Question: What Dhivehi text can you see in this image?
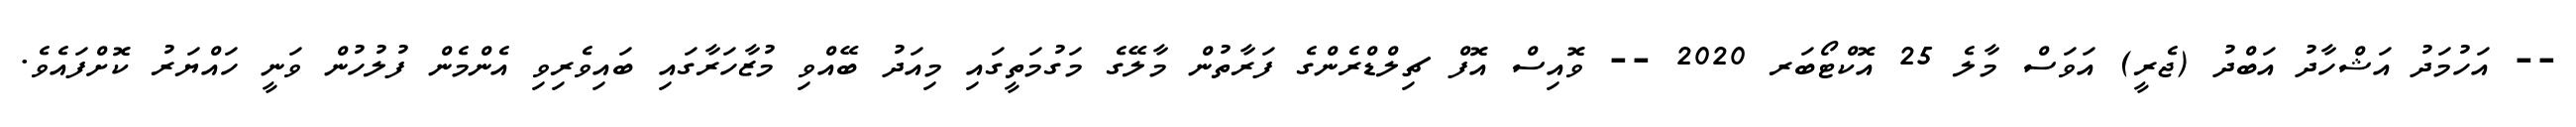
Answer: -- އަހުމަދު އަޝްހާދު އަބްދު (ޖެރީ) އަވަސް މާލެ 25 އޮކްޓޯބަރ 2020 -- ވޮއިސް އޮފް ޗިލްޑްރެންގެ ފަރާތުން މާލޭގެ މަގުމަތީގައި މިއަދު ބޭއްވި މުޒާހަރާގައި ބައިވެރިވި އެންމެން ފުލުހުން ވަނީ ހައްޔަރު ކޮށްފައެވެ.